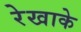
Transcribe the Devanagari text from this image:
रेखाके